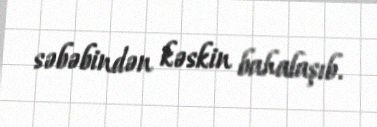
səbəbindən kəskin bahalaşıb.